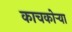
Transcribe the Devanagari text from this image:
काचकोऱ्या